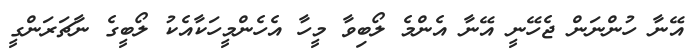
އޭނާ ހުންނަން ޖެހޭނީ އޭނާ އެންމެ ލޯބިވާ މީހާ އެހެންމީހަކާއެކު ލޯބީގެ ނާޗަރަންގީ